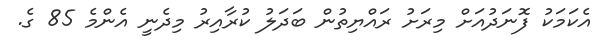
އެކަމަކު ފޮނަދުއަށް މިރަށު ރައްޔިތުން ބަދަލު ކުރާއިރު މިދެނީ އެންމެ 85 ގެ.